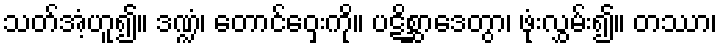
သတ်အံ့ဟူ၍။ ဒဏ္ဍံ၊ တောင်ဝှေးကို။ ပဋိစ္ဆာဒေတွာ၊ ဖုံးလွှမ်း၍။ တဿာ၊